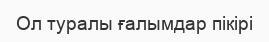
Ол туралы ғалымдар пікірі